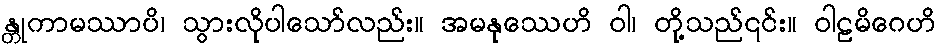
န္တုကာမဿာပိ၊ သွားလိုပါသော်လည်း။ အမနုဿေဟိ ဝါ၊ တို့သည်၎င်း။ ဝါဠမိဂေဟိ